DOW-UAP-D49, Launch Summary, Vandenberg AFB, 2000
Agency: Department of War
Incident date: 2/3/00
Page 73
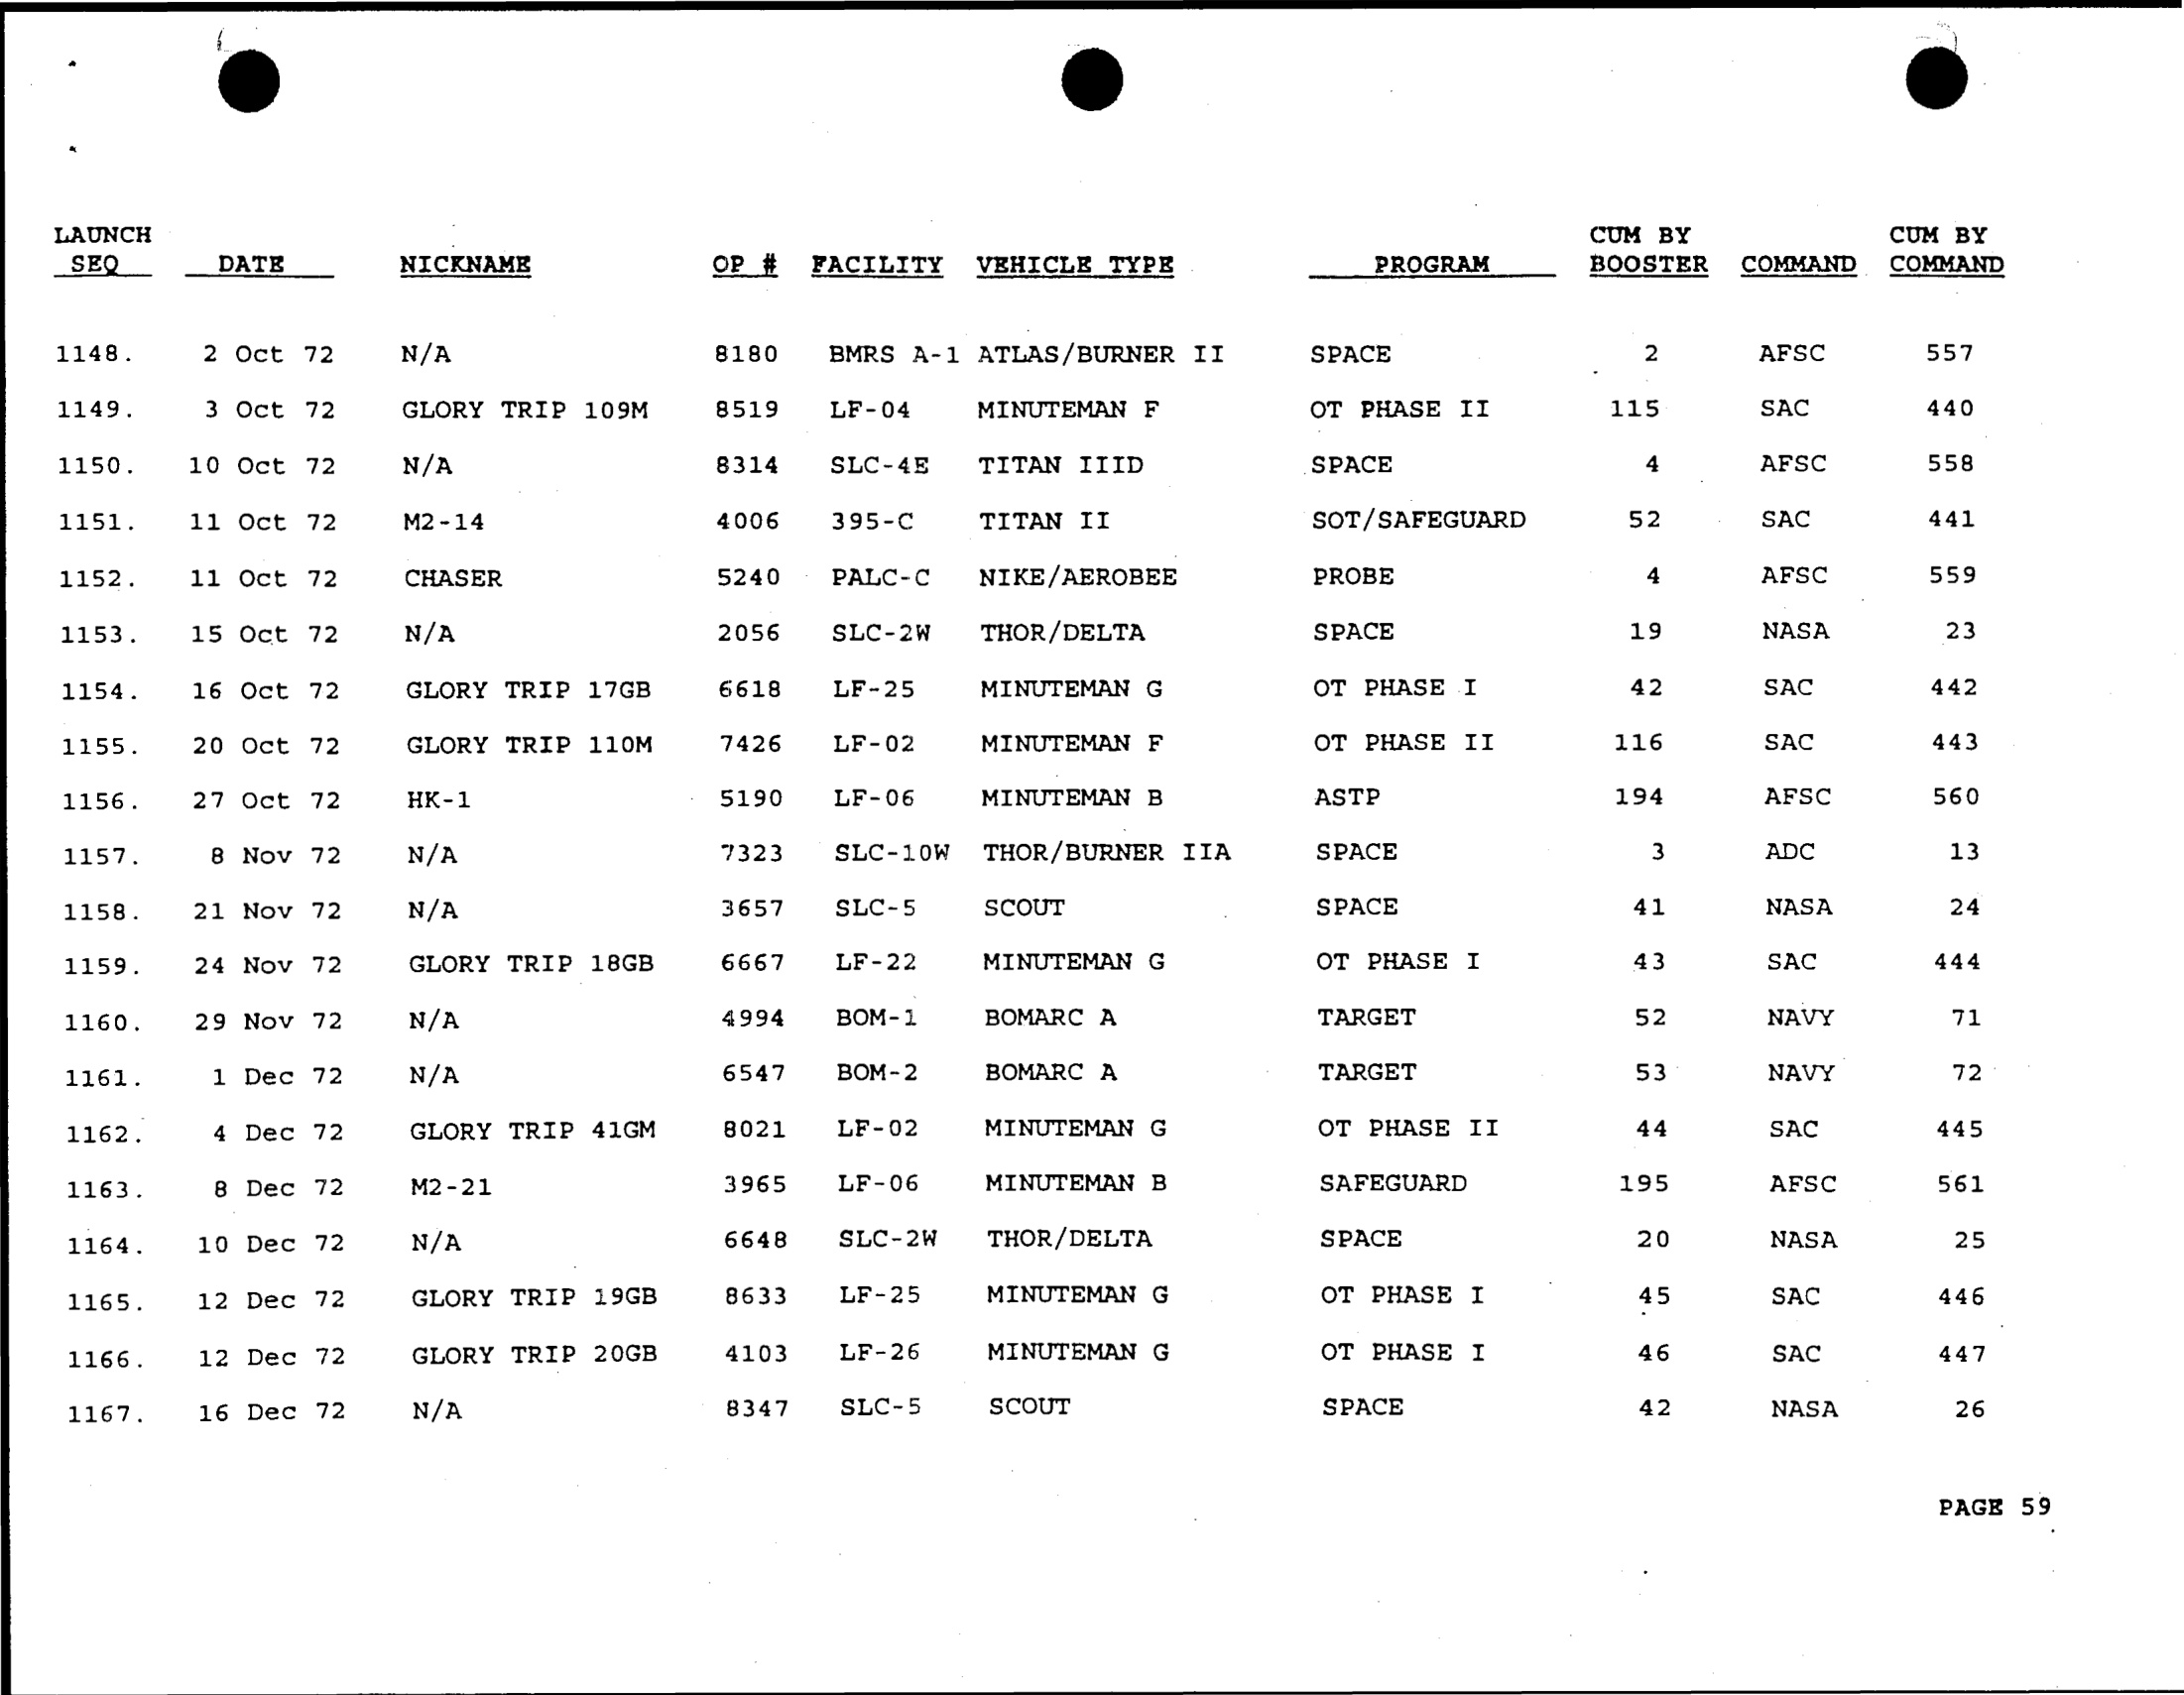